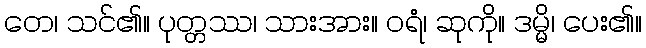
တေ၊ သင်၏။ ပုတ္တဿ၊ သားအား။ ဝရံ၊ ဆုကို။ ဒမ္မိ၊ ပေး၏။